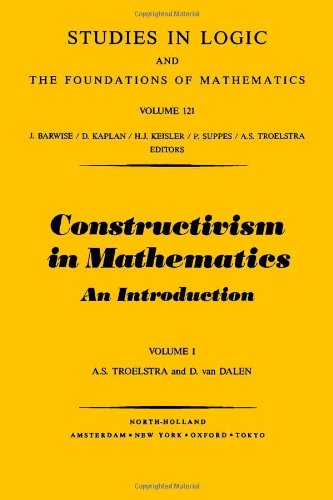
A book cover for Constructivism in Mathematics Vol.1, Volume 1 (Studies in Logic and the Foundations of Mathematics); A. S. Troelstra; Computers & Technology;